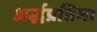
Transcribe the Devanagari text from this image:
अर्द्धप्रतिमा